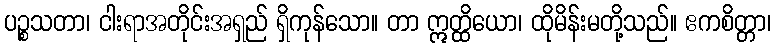
ပဉ္စသတာ၊ ငါးရာအတိုင်းအရှည် ရှိကုန်သော။ တာ ဣတ္ထိယော၊ ထိုမိန်းမတို့သည်။ ဧကစိတ္တာ၊